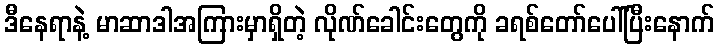
ဒီနေရာနဲ့ မာဆာဒါအကြားမှာရှိတဲ့ လိုဏ်ခေါင်းတွေကို ခရစ်တော်ပေါ်ပြီးနောက်